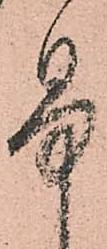
易